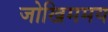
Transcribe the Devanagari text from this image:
जोखिममय